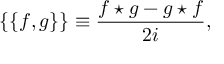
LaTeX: \{ \{ f , g \} \} \equiv { \frac { f \star g - g \star f } { 2 i } } ,